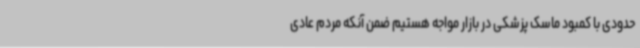
حدودی با کمبود ماسک پزشکی در بازار مواجه هستیم ضمن آنکه مردم عادی